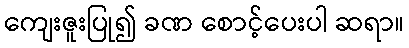
ကျေးဇူးပြု၍ ခဏ စောင့်ပေးပါ ဆရာ။